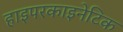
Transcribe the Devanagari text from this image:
हाइपरकाइनेटिक